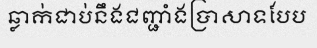
ឆ្លាក់ជាប់នឹងជញ្ជាំងប្រាសាទបែប